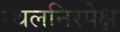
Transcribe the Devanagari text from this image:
स्थलनिरपेक्ष